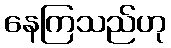
နေကြသည်ဟု